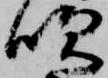
吹